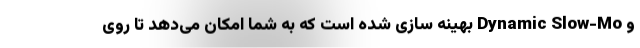
و Dynamic Slow-Mo بهینه سازی شده است که به شما امکان می‌دهد تا روی